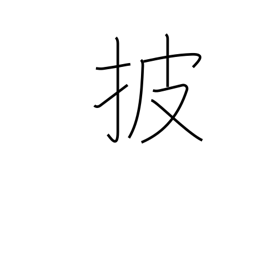
Meaning: expose